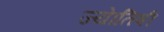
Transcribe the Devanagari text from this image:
ज्‍येातिषी